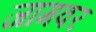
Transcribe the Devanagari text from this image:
जामवर